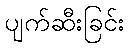
ပျက်ဆီးခြင်း